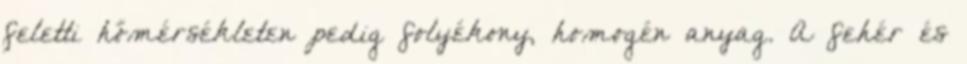
feletti hőmérsékleten pedig folyékony, homogén anyag. A fehér és